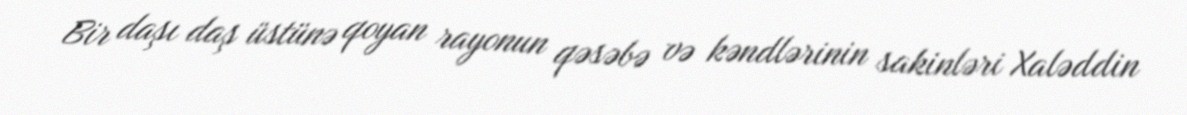
Bir daşı daş üstünə qoyan rayonun qəsəbə və kəndlərinin sakinləri Xaləddin